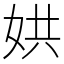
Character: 娂